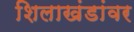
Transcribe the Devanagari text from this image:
शिलाखंडांवर